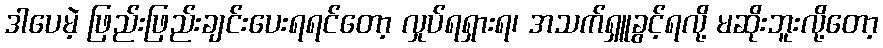
ဒါပေမဲ့ ဖြည်းဖြည်းချင်းပေးရရင်တော့ လှုပ်ရရှားရ၊ အသက်ရှူခွင့်ရလို့ မဆိုးဘူးလို့တော့